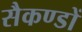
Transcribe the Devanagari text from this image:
सैकण्‍डों